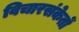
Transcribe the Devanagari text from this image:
विचारसंकेतों